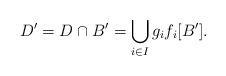
LaTeX: \begin{align*} D' = D \cap B' = \bigcup_{i \in I}g_if_i[B']. \end{align*}